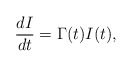
\begin{align*}\frac{dI}{dt}=\Gamma(t)I(t),\end{align*}